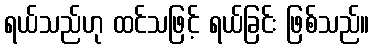
ရယ်သည်ဟု ထင်သဖြင့် ရယ်ခြင်း ဖြစ်သည်။